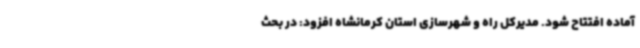
آماده افتتاح شود. مدیرکل راه و شهرسازی استان کرمانشاه افزود: در بحث